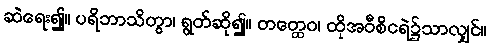
ဆဲရေး၍။ ပရိဘာသိတွာ၊ ရွတ်ဆို၍။ တတ္ထေဝ၊ ထိုအဝီစိငရဲ၌သာလျှင်။